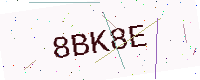
Text: 8BK8E